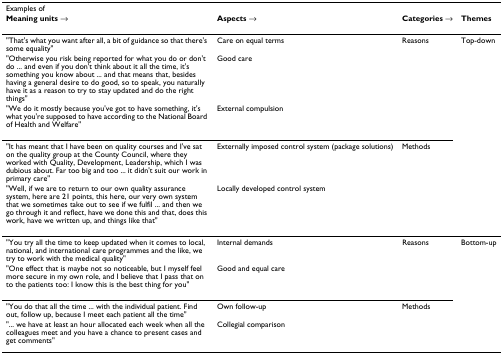
| Examples of |  |  |  |
 | Meaning units → | Aspects → | Categories → | Themes |
 | --- | --- | --- | --- |
 | "That's what you want after all, a bit of guidance so that there's some equality" | Care on equal terms | Reasons | Top-down |
 | "Otherwise you risk being reported for what you do or don't do ... and even if you don't think about it all the time, it's something you know about ... and that means that, besides having a general desire to do good, so to speak, you naturally have it as a reason to try to stay updated and do the right things" | Good care |  |  |
 | "We do it mostly because you've got to have something, it's what you're supposed to have according to the National Board of Health and Welfare" | External compulsion |  |  |
 | "It has meant that I have been on quality courses and I've sat on the quality group at the County Council, where they worked with Quality, Development, Leadership, which I was dubious about. Far too big and too ... it didn't suit our work in primary care" | Externally imposed control system (package solutions) | Methods |  |
 | "Well, if we are to return to our own quality assurance system, here are 21 points, this here, our very own system that we sometimes take out to see if we fulfil ... and then we go through it and reflect, have we done this and that, does this work, have we written up, and things like that" | Locally developed control system |  |  |
 | "You try all the time to keep updated when it comes to local, national, and international care programmes and the like, we try to work with the medical quality" | Internal demands | Reasons | Bottom-up |
 | "One effect that is maybe not so noticeable, but I myself feel more secure in my own role, and I believe that I pass that on to the patients too: I know this is the best thing for you" | Good and equal care |  |  |
 | "You do that all the time ... with the individual patient. Find out, follow up, because I meet each patient all the time" | Own follow-up | Methods |  |
 | "... we have at least an hour allocated each week when all the colleagues meet and you have a chance to present cases and get comments" | Collegial comparison |  |  |